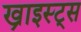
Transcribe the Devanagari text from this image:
ख्राइस्ट्स